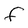
Character: f